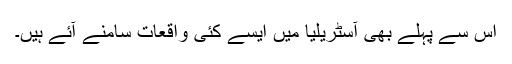
اس سے پہلے بھی آسٹریلیا میں ایسے کئی واقعات سامنے آئے ہیں۔